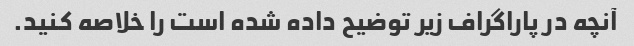
آنچه در پاراگراف زیر توضیح داده شده است را خلاصه کنید.